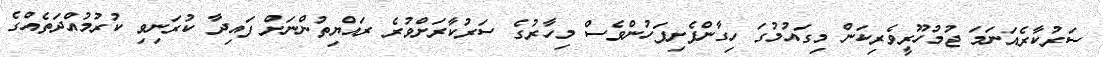
ސަރުކާރެއަނަމަ ޖުމުހޫރީވެރިކަން މިގައުމުގަ ހިގާންފެށިފަހުންވެސް މިހާރުގެ ސަރުކާރަށްވުރެ ރައްޔިތުންނަށް ފައިދާ ކުރަނިވި ކުރުމުއްދަތެއްގެ